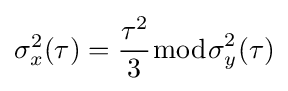
\sigma _{x}^{2}(\tau )={\frac {\tau ^{2}}{3}}{\bmod {\sigma }}_{y}^{2}(\tau )